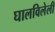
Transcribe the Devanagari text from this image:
घालविलेली